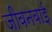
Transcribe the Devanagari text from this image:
जीवनबाई